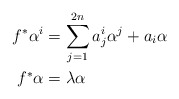
\begin{align*}f^*\alpha^i&=\sum_{j=1}^{2n}a_j^i\alpha^j+a_i\alpha \\f^*\alpha&=\lambda\alpha\end{align*}